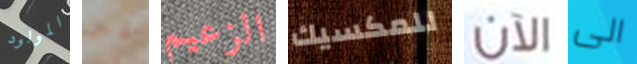
المولود قبر الزعيم للمكسيك الآن الى